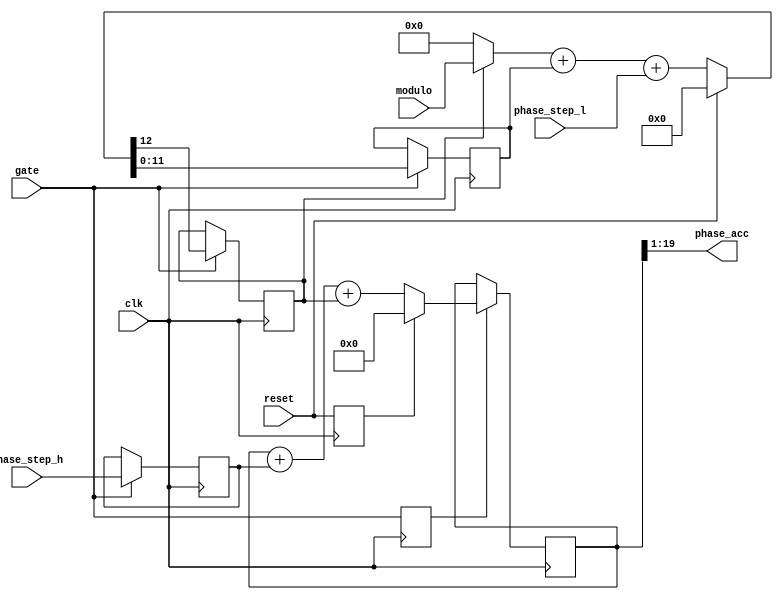
`timescale 1ns / 1ns
module ph_gacc(
	input clk,  // timespec 9.0 ns
	input reset,  // active high, synchronous with clk
	input gate,
	output [18:0] phase_acc,
	input [19:0] phase_step_h,
	input [11:0] phase_step_l,
	input [11:0] modulo
);

reg carry=0, reset1=0, gate1=0;
reg [19:0] phase_h=0, phase_step_hp=0;
reg [11:0] phase_l=0;
always @(posedge clk) begin
	if (gate) {carry, phase_l} <= reset ? 13'b0 : ((carry ? modulo : 12'b0) + phase_l + phase_step_l);
	if (gate) phase_step_hp <= phase_step_h;
	reset1 <= reset;
	gate1 <= gate;
	if (gate1) phase_h <= reset1 ? 20'b0 : (phase_h + phase_step_hp + carry);
end
assign phase_acc=phase_h[19:1];

endmodule